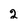
Character: 2